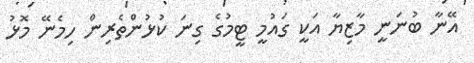
އޭނާ ބުނަނީ މާޒިޔާ އަކީ ގައުމީ ޓީމުގެ ގިނަ ކުޅުންތެރިން ހިމެނޭ މޮޅު